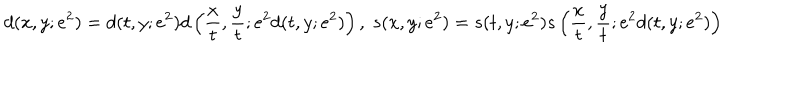
d ( x , y ; e ^ { 2 } ) = d ( t , y ; e ^ { 2 } ) d \left( \frac { x } { t } , \frac { y } { t } ; e ^ { 2 } d ( t , y ; e ^ { 2 } ) \right) , \; s ( x , y ; e ^ { 2 } ) = s ( t , y ; e ^ { 2 } ) s \left( \frac { x } { t } , \frac { y } { t } ; e ^ { 2 } d ( t , y ; e ^ { 2 } ) \right)